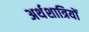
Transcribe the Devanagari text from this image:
अर्थशात्रियों